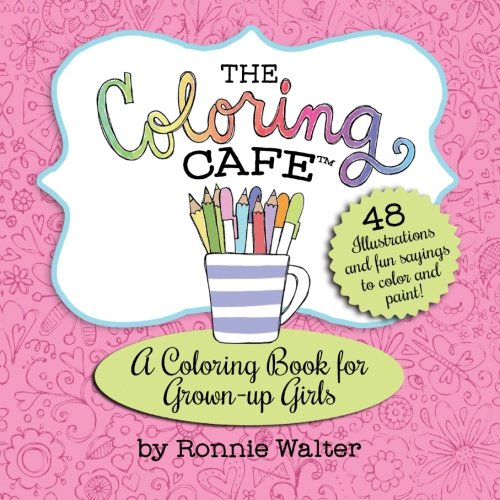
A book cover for The Coloring Cafe-Volume One: A Coloring Book for Grown-Up Girls; Ronnie Walter; Humor & Entertainment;